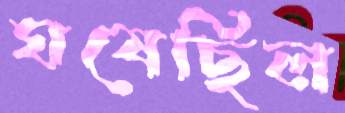
ঘষেছিল